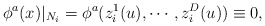
\begin{align*}\phi ^a(x)|_{N_i}=\phi ^a(z_i^1(u),\cdots ,z_i^D(u))\equiv 0,\end{align*}